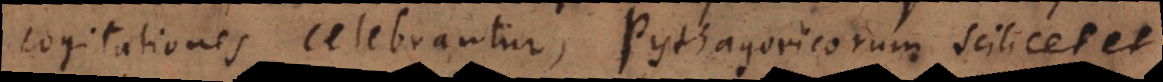
cogitationes celebrantur, Pythagoricorum scilicet et